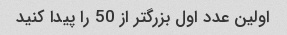
اولین عدد اول بزرگتر از 50 را پیدا کنید